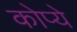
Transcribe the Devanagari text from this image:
कोप्ये